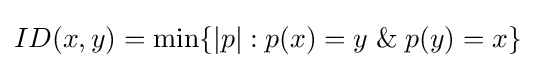
ID(x,y)=\min\{|p|:p(x)=y\;\&\;p(y)=x\}